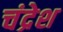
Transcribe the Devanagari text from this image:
चंद्रेश